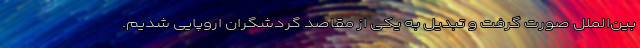
بین‌الملل صورت گرفت و تبدیل به یکی از مقاصد گردشگران اروپایی شدیم.